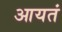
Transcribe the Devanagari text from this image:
आयतं